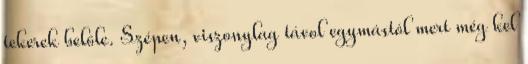
tekerek belőle. Szépen, viszonylag távol egymástól mert még kel